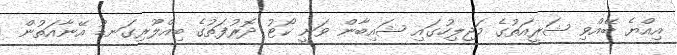
އިއްޔެ ބޭއްވި ޝަރީއަތުގެ މަޖިލިހުގައި ޝައިބާން ވަނީ ކޯޓު ދޮރުފަތުގެ ބިއްލޫރިގަނޑު އޭނާއަތުން